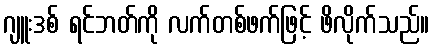
ဂျူးဒစ် ရင်ဘတ်ကို လက်တစ်ဖက်ဖြင့် ဖိလိုက်သည်။